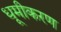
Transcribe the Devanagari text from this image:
धूमीकरण